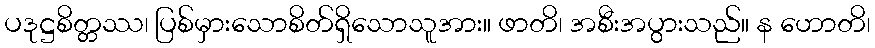
ပဒုဋ္ဌစိတ္တဿ၊ ပြစ်မှားသောစိတ်ရှိသောသူအား။ ဖာတိ၊ အစီးအပွားသည်။ န ဟောတိ၊